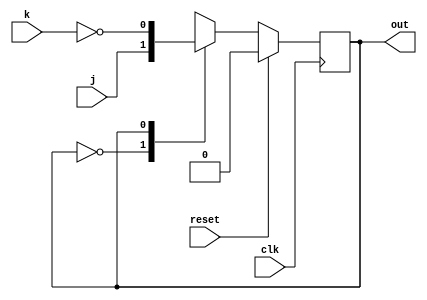
// This program was cloned from: https://github.com/anik-m/hdlbits_for_verilog
// License: GNU General Public License v3.0

module top_module(
    input clk,
    input reset,    // Synchronous reset to OFF
    input j,
    input k,
    output out); //  

    parameter OFF=0, ON=1; 
    reg state, next_state;

    always @(*) begin
        // State transition logic
        case(state)
            OFF: next_state = j;
            ON: next_state = ~k;
        endcase
    end

    always @(posedge clk) begin
        // State flip-flops with synchronous reset
        if(reset)
            state<=OFF;
        else
            state<=next_state;
    end

    assign out = state;
    // Output logic
    // assign out = (state == ...);

endmodule